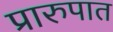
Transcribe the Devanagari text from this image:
प्रारुपात